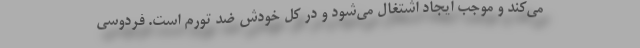
می‌کند و موجب ایجاد اشتغال می‌شود و در کل خودش ضد تورم است. فردوسی